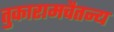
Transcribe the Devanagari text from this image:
तुकारामचैतन्य